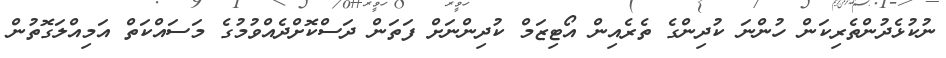
ނުކުޅެދުންތެރިކަން ހުންނަ ކުދިންގެ ތެރެއިން އޯޓިޒަމް ކުދިންނަށް ފަތަން ދަސްކޮށްދެއްވުމުގެ މަސައްކަތް އަމިއްލަގޮތުން